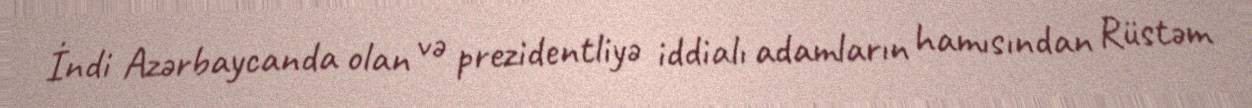
İndi Azərbaycanda olan və prezidentliyə iddialı adamların hamısından Rüstəm